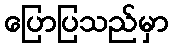
ပြောပြသည်မှာ